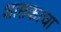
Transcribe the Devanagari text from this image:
शासकाचा